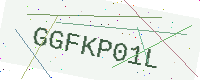
Text: GGFKP01L